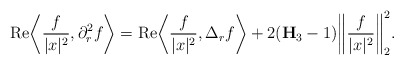
\begin{align*}\mathrm{Re}\bigg \langle \frac{f}{|x|^2} , \partial_r^2 f \bigg\rangle = \mathrm{Re} \bigg\langle \frac{f}{|x|^2} , \Delta_r f \bigg\rangle + 2(\mathbf{H}_{3}-1) \bigg\| \frac{f}{|x|^2} \bigg\|_{2}^2.\end{align*}